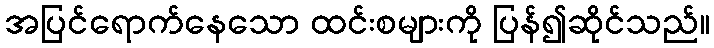
အပြင်ရောက်နေသော ထင်းစများကို ပြန်၍ဆိုင်သည်။